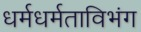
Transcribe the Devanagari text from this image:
धर्मधर्मताविभंग